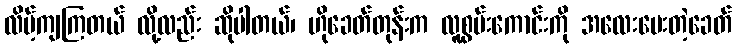
လိမ့်ကျကြတယ် လို့လည်း ဆိုပါတယ်၊ ဟိုခေတ်တုန်းက လူစွမ်းကောင်းကို အလေးပေးတဲ့ခေတ်